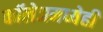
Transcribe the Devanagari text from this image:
कॉलेजमध्येही